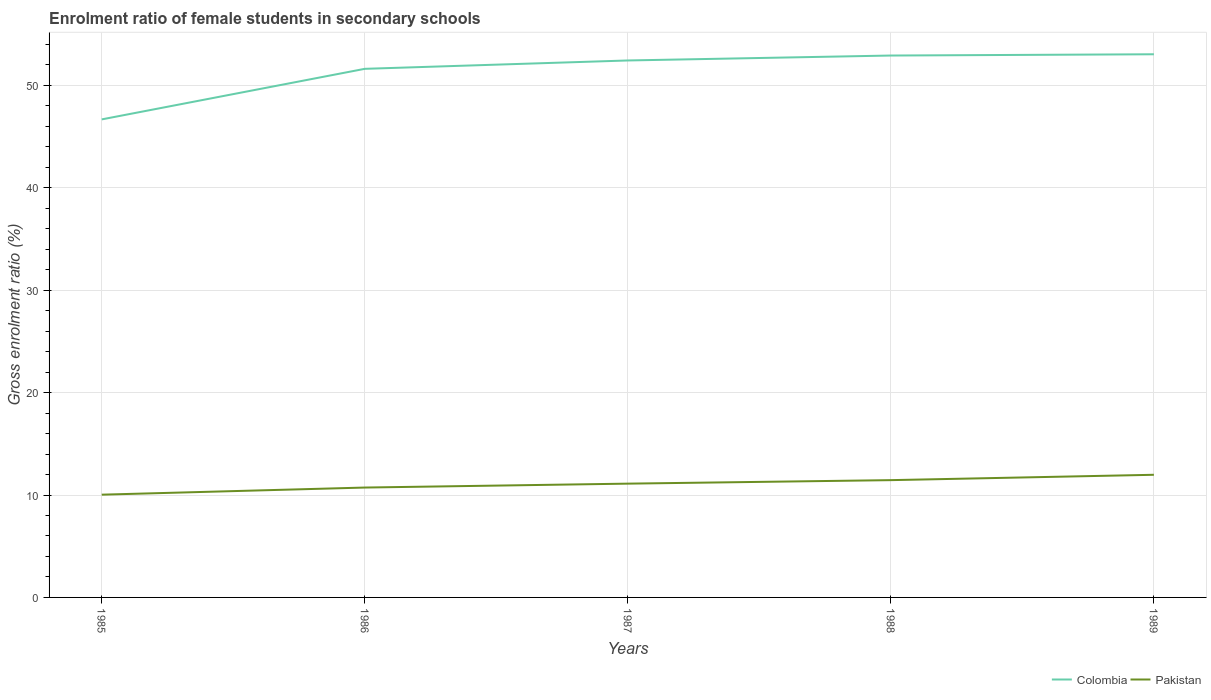
| Years | Colombia | Pakistan |
 | --- | --- | --- |
 | 1985 | 46.7 | 10 |
 | 1986 | 51.6 | 10.7 |
 | 1987 | 52.4 | 11.1 |
 | 1988 | 52.9 | 11.5 |
 | 1989 | 53 | 12 |